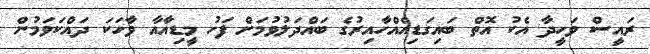
ރައީސް ވަހީދާ އެކު އޮތް ބައިގަޑިއެއްހާއިރުގެ ބައްދަލުވުމަށް ފަހު މީޑިއާއާ ވާހަކަ ދައްކަވަމުން